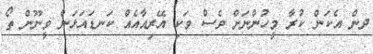
ދން އެކަން ކުރާ މީހުންނަށް ވެސް ވަކި އޭރިއާއެއް ކަނޑައަޅަން ވީނޫން ތޯ